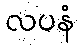
လပနံ